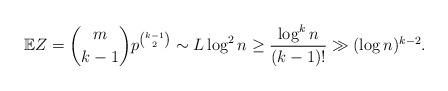
LaTeX: \begin{align*}\mathbb{E} Z=\binom{m}{k-1} p^{\binom{k-1}{2}} \sim L\log^2 n \geq \frac {\log^k n}{(k-1)!} \gg (\log n)^{k-2}.\end{align*}